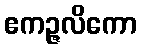
ဧကဉ္ဇလိကော